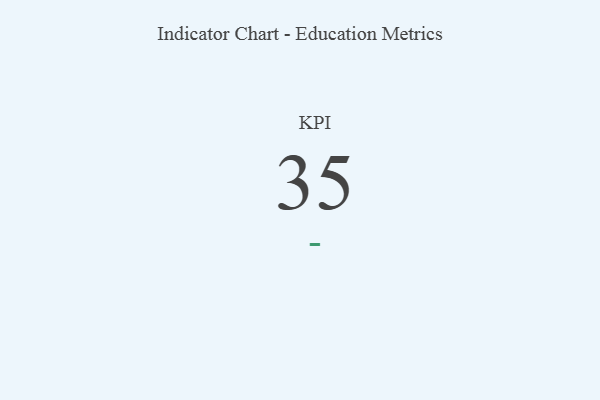
{"axis": {"x": "KPI", "y": "Value"}, "legend": [""], "data": [{"x": "KPI", "y": 35, "type": ""}]}